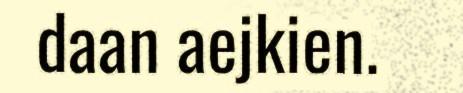
daan aejkien.